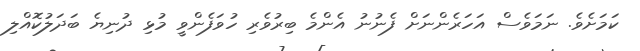
ކަމަށެވެ. ނަމަވެސް އަހަރެންނަށް ފެނުނު އެންމެ ބިރުވެރި ހުވަފެންވީ މުޅި ދުނިޔެ ބަދަލުކޮއްލި